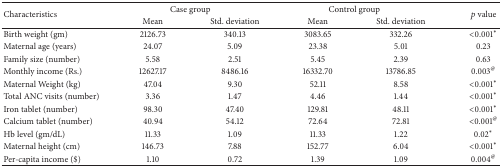
<table><thead><tr><td rowspan="2"><b>Characteristics</b></td><td colspan="2"><b><i> </i>Case group</b></td><td colspan="2"><b><i> </i>Control group</b></td><td rowspan="2"><b><i>p</i> value</b></td></tr><tr><td><b>Mean</b></td><td><b>Std. deviation</b></td><td><b>Mean</b></td><td><b>Std. deviation</b></td></tr></thead><tbody><tr><td>Birth weight (gm)</td><td>2126.73</td><td>340.13</td><td>3083.65</td><td>332.26</td><td>&lt;0.001<sup><i>∗</i></sup></td></tr><tr><td>Maternal age (years)</td><td>24.07</td><td>5.09</td><td>23.38</td><td>5.01</td><td>0.23</td></tr><tr><td>Family size (number)</td><td>5.58</td><td>2.51</td><td>5.45</td><td>2.39</td><td>0.63</td></tr><tr><td>Monthly income (Rs.)</td><td>12627.17</td><td>8486.16</td><td>16332.70</td><td>13786.85</td><td>0.003<sup>@</sup></td></tr><tr><td>Maternal Weight (kg)</td><td>47.04</td><td>9.30</td><td>52.11</td><td>8.58</td><td>&lt;0.001<sup><i>∗</i></sup></td></tr><tr><td>Total ANC visits (number)</td><td>3.36</td><td>1.47</td><td>4.46</td><td>1.44</td><td>&lt;0.001<sup><i>∗</i></sup></td></tr><tr><td>Iron tablet (number)</td><td>98.30</td><td>47.40</td><td>129.81</td><td>48.11</td><td>&lt;0.001<sup><i>∗</i></sup></td></tr><tr><td>Calcium tablet (number)</td><td>40.94</td><td>54.12</td><td>72.64</td><td>72.81</td><td>&lt;0.001<sup>@</sup></td></tr><tr><td>Hb level (gm/dL)</td><td>11.33</td><td>1.09</td><td>11.33</td><td>1.22</td><td>0.02<sup><i>∗</i></sup></td></tr><tr><td>Maternal height (cm)</td><td>146.73</td><td>7.88</td><td>152.77</td><td>6.04</td><td>&lt;0.001<sup><i>∗</i></sup></td></tr><tr><td>Per-capita income ($)</td><td>1.10</td><td>0.72</td><td>1.39</td><td>1.09</td><td>0.004<sup>@</sup></td></tr></tbody></table>